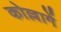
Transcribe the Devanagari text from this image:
कोल्लागें